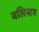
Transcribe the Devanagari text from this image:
बलिनाम